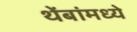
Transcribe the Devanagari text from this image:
थेंबांमध्ये